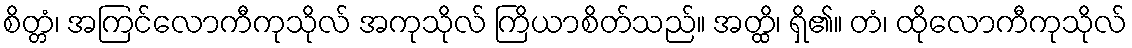
စိတ္တံ၊ အကြင်လောကီကုသိုလ် အကုသိုလ် ကြိယာစိတ်သည်။ အတ္ထိ၊ ရှိ၏။ တံ၊ ထိုလောကီကုသိုလ်